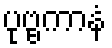
ပုဗ္ဗကာနံ